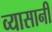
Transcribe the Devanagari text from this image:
व्यासानी